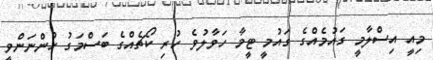
މިއީ އިސްލާމީ ގައުމެއްގެ ގައުމީ ޓީމާ ހަވާލުވެ ހުރި ކޯޗެއްގެ ބަސްމަގު ހުންނަންވީ